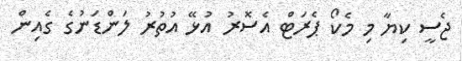
ޖެސީ ކިޔާ މި މެކޯ ޕެރަޓް އެސޮރު އުޅޭ އުތުރު ލަންޑަނުގެ ގެއިން